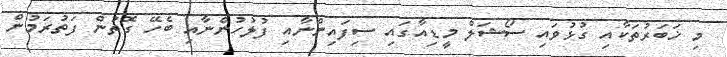
މި ޚަބަރުތަކާއި ގުޅުވައި ސޯޝަލް މީޑިއާގައި ސިފައިންނާއި ފުލުހުންނާއި ބެހޭ ގޮތުން ފަތުރަމުން